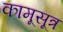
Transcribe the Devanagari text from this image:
कामूसूत्र